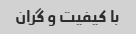
با کیفیت و گران